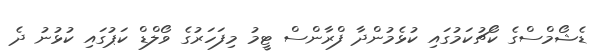
ޑެޝޯމްސްގެ ކޯޗުކަމުގައި ކުޅެމުންދާ ފްރާންސް ޓީމު މިފަހަރުގެ ވޯލްޑް ކަޕުގައި ކުޅުނު ދެ